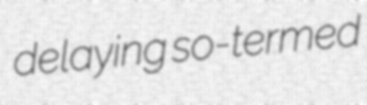
delaying so-termed